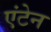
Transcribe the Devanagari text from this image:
एंटेन